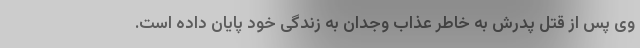
وی پس از قتل پدرش به خاطر عذاب وجدان به زندگی خود پایان داده است.